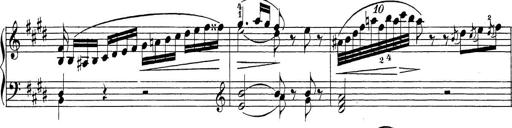
Title: Sonatina Album
Composer: Louis KÃ¶hler